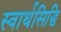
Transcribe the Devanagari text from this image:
स्वार्थसिद्धि